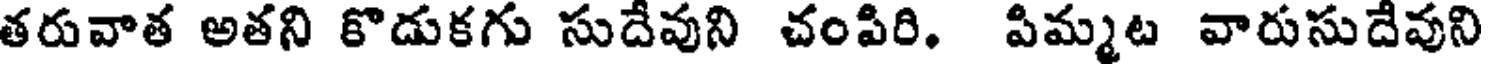
తరువాత అతని కొడుకగు సుదేవుని చంపిరి. పిమ్మట వారుసుదేవుని